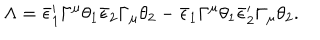
\Lambda = \bar { \epsilon } _ { 1 } ^ { \prime } \Gamma ^ { \mu } \theta _ { 1 } \bar { \epsilon } _ { 2 } \Gamma _ { \mu } \theta _ { 2 } - \bar { \epsilon } _ { 1 } \Gamma ^ { \mu } \theta _ { 1 } \bar { \epsilon } _ { 2 } ^ { \prime } \Gamma _ { \mu } \theta _ { 2 } .